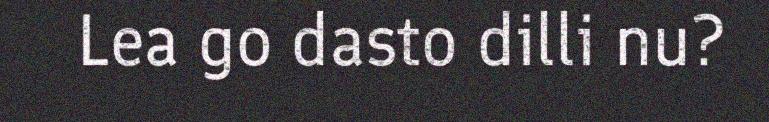
Lea go dasto dilli nu?